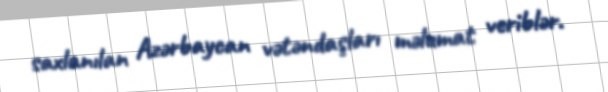
saxlanılan Azərbaycan vətəndaşları məlumat veriblər.